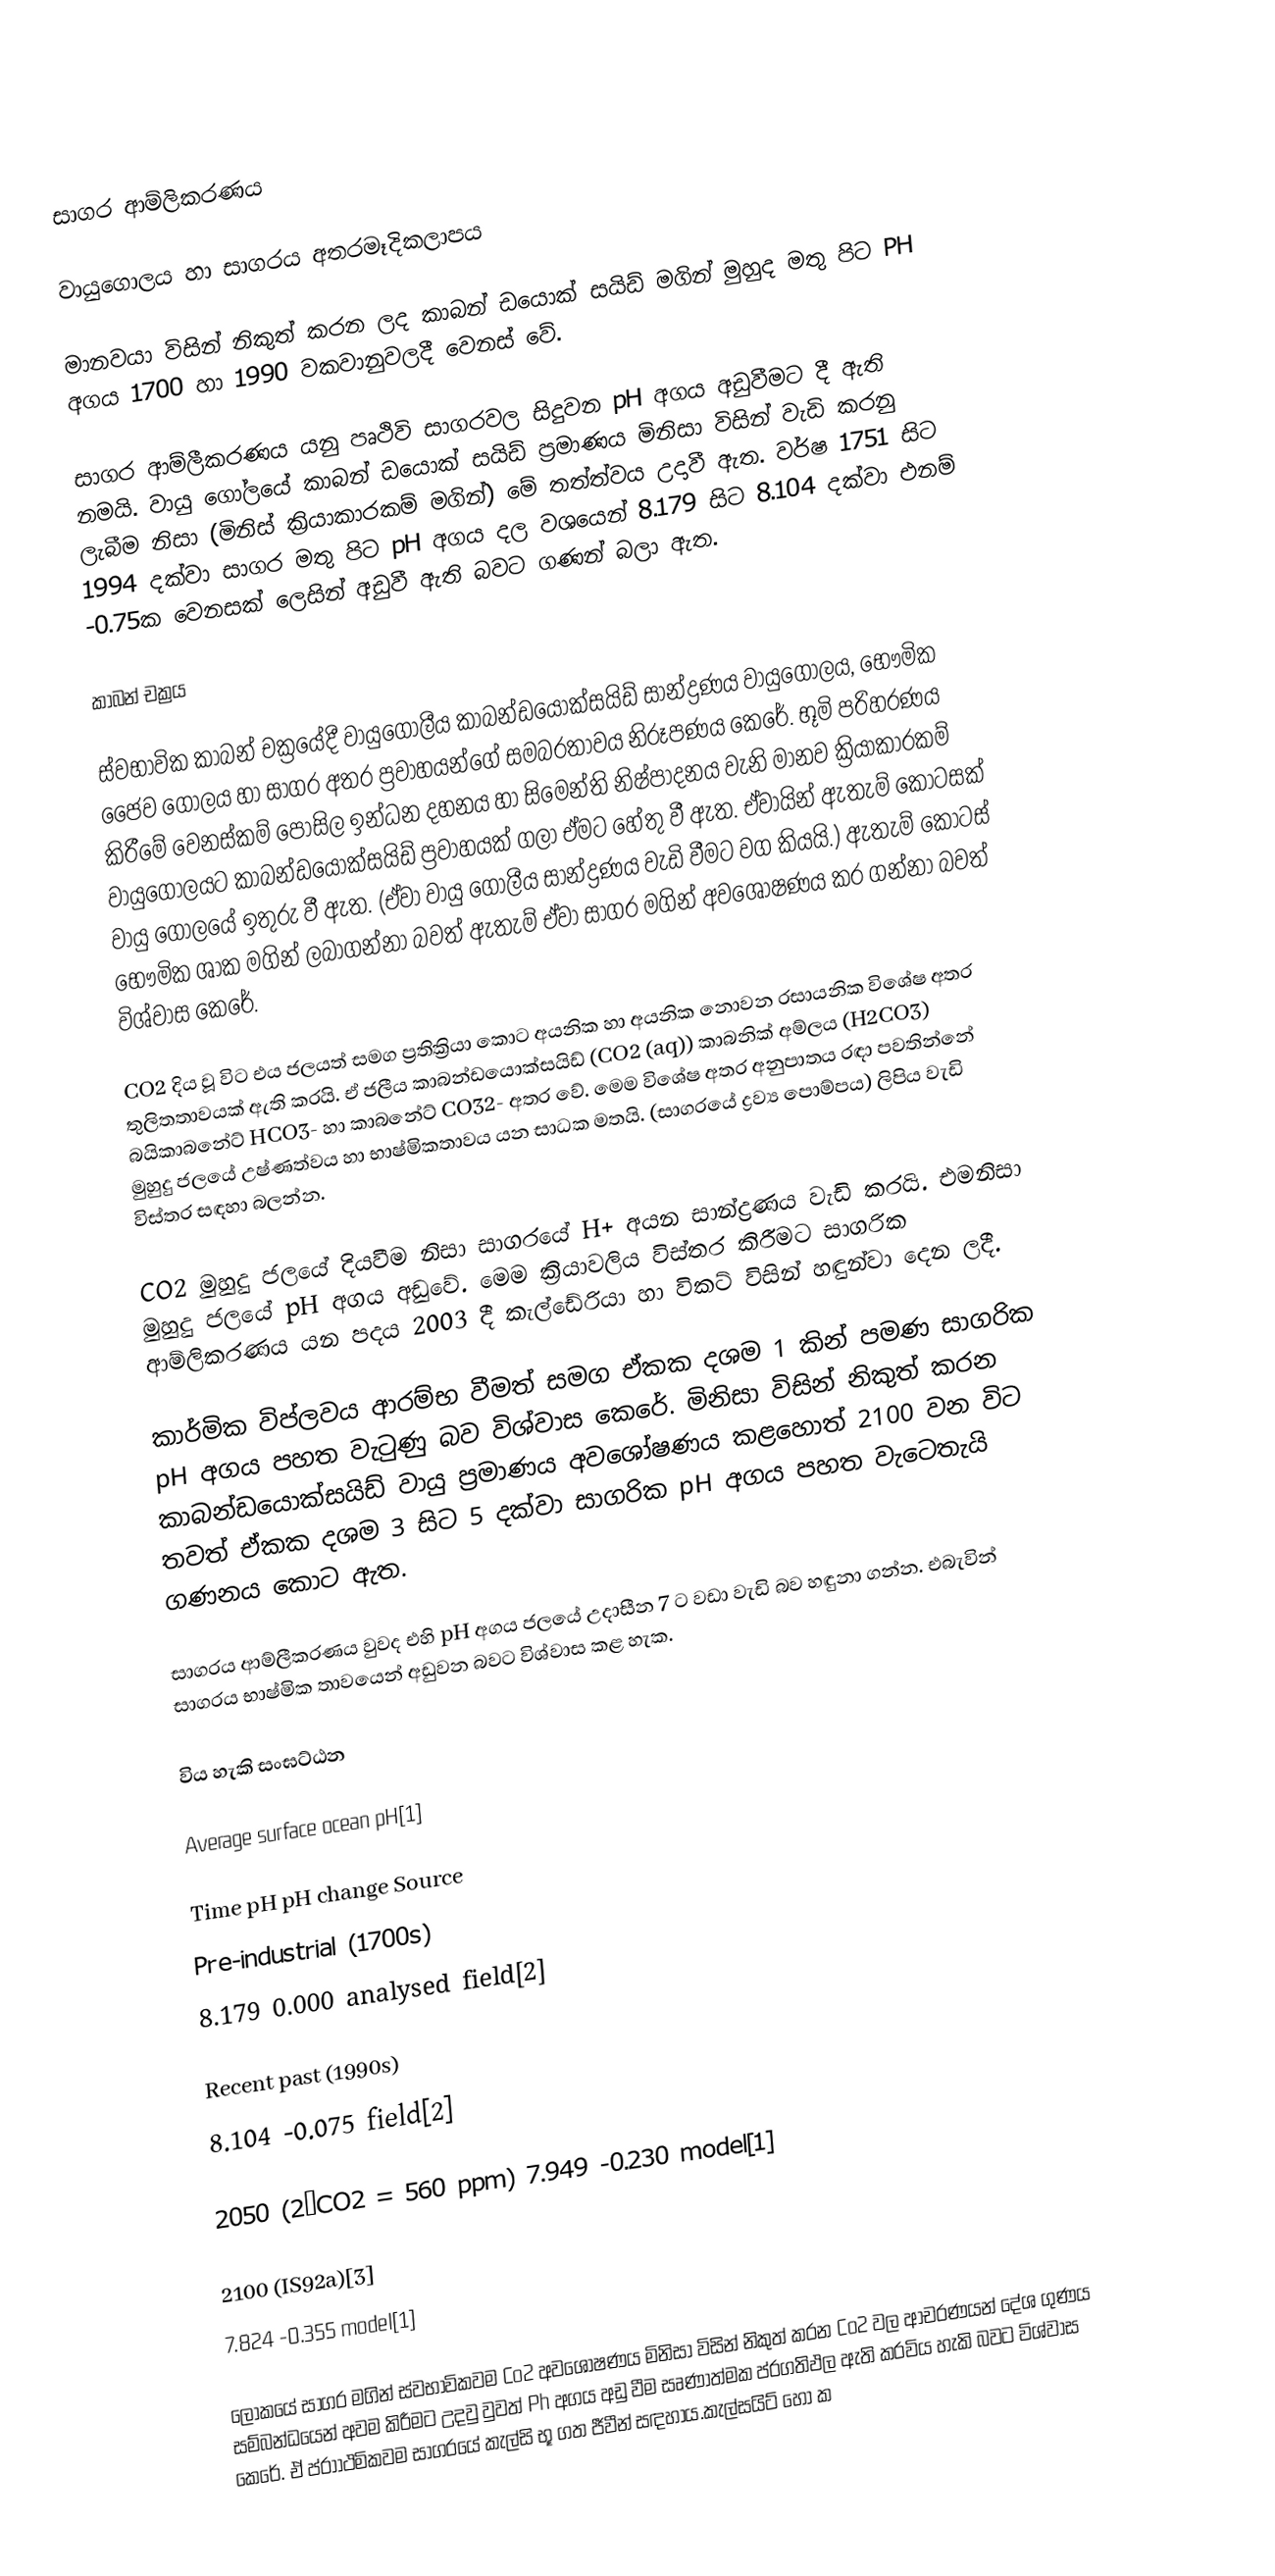

සාගර ආම්ලිකරණය

වායුගොලය හා සාගරය අතරමෑදිකලාපය

මානවයා විසින් නිකුත් කරන ලද කාබන් ඩයොක් සයිඩ් මගින් මුහුද මතු පිට PH අගය 1700 හා 1990 වකවානුවලදී වෙනස් වේ.

සාගර ආම්ලීකරණය යනු පෘථිවි සාගරවල සිදුවන pH අගය අඩුවීමට දී ඇති නමයි. වායු ගෝලයේ කාබන් ඩයොක් සයිඩ් ප්‍රමාණය මිනිසා විසින් වැඩි කරනු ලැබීම නිසා (මිනිස් ක්‍රියාකාරකම් මගින්) මේ තත්ත්වය උදාවී ඇත. වර්ෂ 1751 සිට 1994 දක්වා සාගර මතු පිට pH අගය දල වශයෙන් 8.179 සිට 8.104 දක්වා එනම් -0.75ක වෙනසක් ලෙසින් අඩුවී ඇති බවට ගණන් බලා ඇත.

කාබන් චක්‍රය

ස්වභාවික කාබන් චක්‍රයේදී වායුගෝලීය කාබන්ඩයොක්සයිඩ් සාන්ද්‍රණය වායුගෝලය, භෞමික ජෛව ගෝලය හා සාගර අතර ප්‍රවාහයන්ගේ සමබරතාවය නිරූපණය කෙරේ. භූමි පරිහරණය කිරීමේ වෙනස්කම් පොසිල ඉන්ධන දහනය හා සිමෙන්ති නිෂ්පාදනය වැනි මානව ක්‍රියාකාරකම් වායුගෝලයට කාබන්ඩයොක්සයිඩ් ප්‍රවාහයක් ගලා ඒමට හේතු වී ඇත. ඒවායින් ඇතැම් කොටසක් වායු ගෝලයේ ඉතුරු වී ඇත. (ඒවා වායු ගෝලීය සාන්ද්‍රණය වැඩි වීමට වග කියයි.) ඇතැම් කොටස් භෞමික ශාක මගින් ලබාගන්නා බවත් ඇතැම් ඒවා සාගර මගින් අවශෝෂණය කර ගන්නා බවත් විශ්වාස කෙරේ.

CO2 දිය වූ විට එය ජලයත් සමග ප්‍රතික්‍රියා කොට අයනික හා අයනික නොවන රසායනික විශේෂ අතර තුලිතතාවයක් ඇති කරයි. ඒ ජලීය කාබන්ඩයොක්සයිඩ් (CO2 (aq)) කාබනික් අම්ලය (H2CO3) බයිකාබනේට් HCO3- හා කාබනේට් CO32-  අතර වේ. මෙම විශේෂ අතර අනුපාතය රඳා පවතින්නේ මුහුදු ජලයේ උෂ්ණත්වය හා භාෂ්මිකතාවය යන සාධක මතයි. (සාගරයේ ද්‍රව්‍ය පොම්පය) ලිපිය වැඩි විස්තර සඳහා බලන්න.

CO2 මුහුදු ජලයේ දියවීම නිසා සාගරයේ H+ අයන සාන්ද්‍රණය වැඩි කරයි. එමනිසා මුහුදු ජලයේ pH අගය අඩුවේ. මෙම ක්‍රියාවලිය විස්තර කිරීමට සාගරික ආම්ලිකරණය යන පදය 2003 දී කැල්ඩේරියා හා විකට් විසින් හඳුන්වා දෙන ලදී.

කාර්මික විප්ලවය ආරම්භ වීමත් සමග ඒකක දශම 1 කින් පමණ සාගරික pH අගය පහත වැටුණු බව විශ්වාස කෙරේ. මිනිසා විසින් නිකුත් කරන කාබන්ඩයොක්සයිඩ් වායු ප්‍රමාණය අවශෝෂණය කළහොත් 2100 වන විට තවත් ඒකක දශම 3 සිට 5 දක්වා සාගරික pH අගය පහත වැටෙතැයි ගණනය කොට ඇත.

සාගරය ආම්ලීකරණය වුවද එහි pH අගය ජලයේ උදාසීන 7 ට වඩා වැඩි බව හඳුනා ගන්න. එබැවින් සාගරය භාෂ්මික තාවයෙන් අඩුවන බවට විශ්වාස කළ හැක.

විය හැකි සංඝට්ඨන

Average surface ocean pH[1]

Time	pH	pH change	Source
Pre-industrial (1700s)
8.179	0.000	analysed field[2]

Recent past (1990s)
8.104	-0.075	field[2]

2050 (2×CO2 = 560 ppm)	7.949	-0.230	model[1]

2100 (IS92a)[3]
7.824	-0.355	model[1]

ලෝකයේ සාගර මගින් ස්වභාවිකවම Co2 අවශෝෂණය මිනිසා විසින් නිකුත් කරන Co2 වල ආචරණයන් දේශ ගුණය සම්බන්ධයෙන් අවම කිරීමට උදවු වුවත් Ph අගය අඩු වීම සෘණාත්මක ප්රගතිඵල ඇති කරවිය හැකි බවට විශ්වාස කෙරේ. ඒ ප්රාාථමිකවම සාගරයේ කැල්සි භූ ගත ජීවීන් සඳහාය.කැල්සයිට් හෝ ක